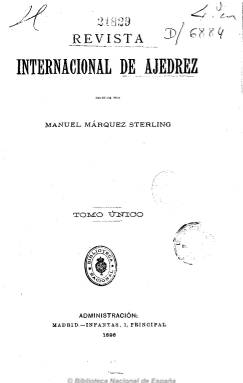
Título: Revista internacional de ajedrez (Madrid)
Colección: Ajedrez
Ámbito geográfico: Madrid
Lugar de publicación: Madrid
Fechas: 01/12/1895-31/05/1896

Es la primera revista dedicada íntegramente a este juego publicada en Madrid y la tercera en España, conociéndose que fue en Barcelona donde previamente habían sido editadas las dos primeras publicaciones periódicas especializadas sobre ajedrez. Aunque en la prensa española ya se venía dando noticia sobre este arte desde el siglo XVIII (Brasó Rius: 2014), será entre marzo de 1862 y febrero de 1863 cuando habían aparecido las doce primeras entregas mensuales, y en mayo de 1864, la decimotercera, de la que es considerada primera revista española de este carácter bajo el título El Ajedrez: colección de trabajos teórico-prácticos e históricos relativos a este noble juego: dedicados a los ajedrecistas españoles, editada bajo la dirección de Hilarión Soler Alomá (1825-1903) y Eusebio Riú Canal, promotores asimismo de la primera sociedad o círculo ajedrecista español. Entre 1867 y 1868, el también considerado patriarca del ajedrez catalán Joan Carbó y Batlle (1837-1902) había editado asimismo en Barcelona la “revista mensual” Teoría y práctica del ajedrez.

Cuando en diciembre de 1895 aparezca el primer número de esta Revista internacional de ajedrez, su editor y director, el cubano Manuel Márquez Sterling (1872-1934), señalará que en ese momento no se publicaba ninguna otra de esta naturaleza en idioma español, y pretenderá ponerla a la altura de las prestigiosas La Stratégie, de París, o Chess Monthly, de Londres. El entonces aún joven periodista y ajedrecista Márquez Sterling había conocido un año antes al líder independentista José Martí (1853-1895) y, tras pasar por París, había recalado en España para continuar su actividad propagandística a favor de la “guerra necesaria” para la independencia de su país. En entregas mensuales irá sacando esta revista del establecimiento tipográfico madrileño de Ricardo Fé, que comenzarán siendo de veinte páginas, para ir reduciendo su número y al final serlo solo de doce. En la misma, Márquez Sterling publicitará sus ya numerosas obras escritas sobre ajedrez, y en cada uno de sus números se estampará un fotograbado y una breve biografía de importantes ajedrecistas tanto españoles como extranjeros, bajo el epígrafe Galería de retratos; contará con las secciones Noticias (tanto españolas como extranjeras sobre torneos, campeonatos, congresos o ajedrecistas), Problemas y Partidas (celebradas en congresos o certámenes nacionales o internacionales), dará cuenta del Código Vázquez para la reglamentación de campeonatos, aparecerá algún artículo teórico y ofrecerá también algunas notas bibliográficas sobre la materia.

En su sexta entrega, de mayo de 1896, anuncia la suspensión de la revista. La biografía de Márquez Sterling señala que, sabiendo que iba a ser arrestado por separatista, regresó a Cuba, continuando su actividad como periodista, ajedrecista y escritor también de diversos asuntos (políticos e históricos), pero también desarrollando una destacadísima actividad política y diplomática como embajador de su país en México y en Estados Unidos, llegando a presidir incluso durante escasas horas la presidencia Cuba, y dándosele su nombre a la primera escuela profesional de periodistas en la isla a título póstumo, en 1943.

La siguiente publicación ajedrecista en España será la editada, de nuevo, en Barcelona, por Joan Capó González, entre junio de 1896 y noviembre de 1899, bajo el título Ruy Lopez: revista mensual: eco de los ajedrecistas españoles, cuyos cuatro tomos se encuentran depositados en la Biblioteca Nacional de España. El título de esta publicación tomó el nombre del obispo, humanista y gramático Ruy López de Segura (1540-1580), autor de uno de los primeros libros de ajedrez impresos en Europa, que lo había sido en Alcalá de Henares, en 1561.